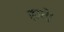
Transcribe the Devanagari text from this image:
हाते।